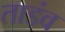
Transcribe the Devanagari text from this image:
ताडंव